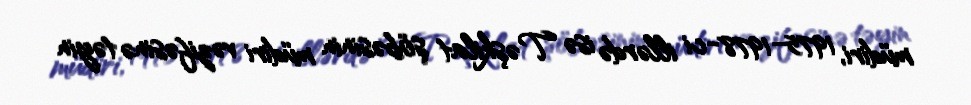
müdiri, 1975–1978-ci illərdə isə Təşkilat şöbəsinin müdiri vəzifəsinə təyin